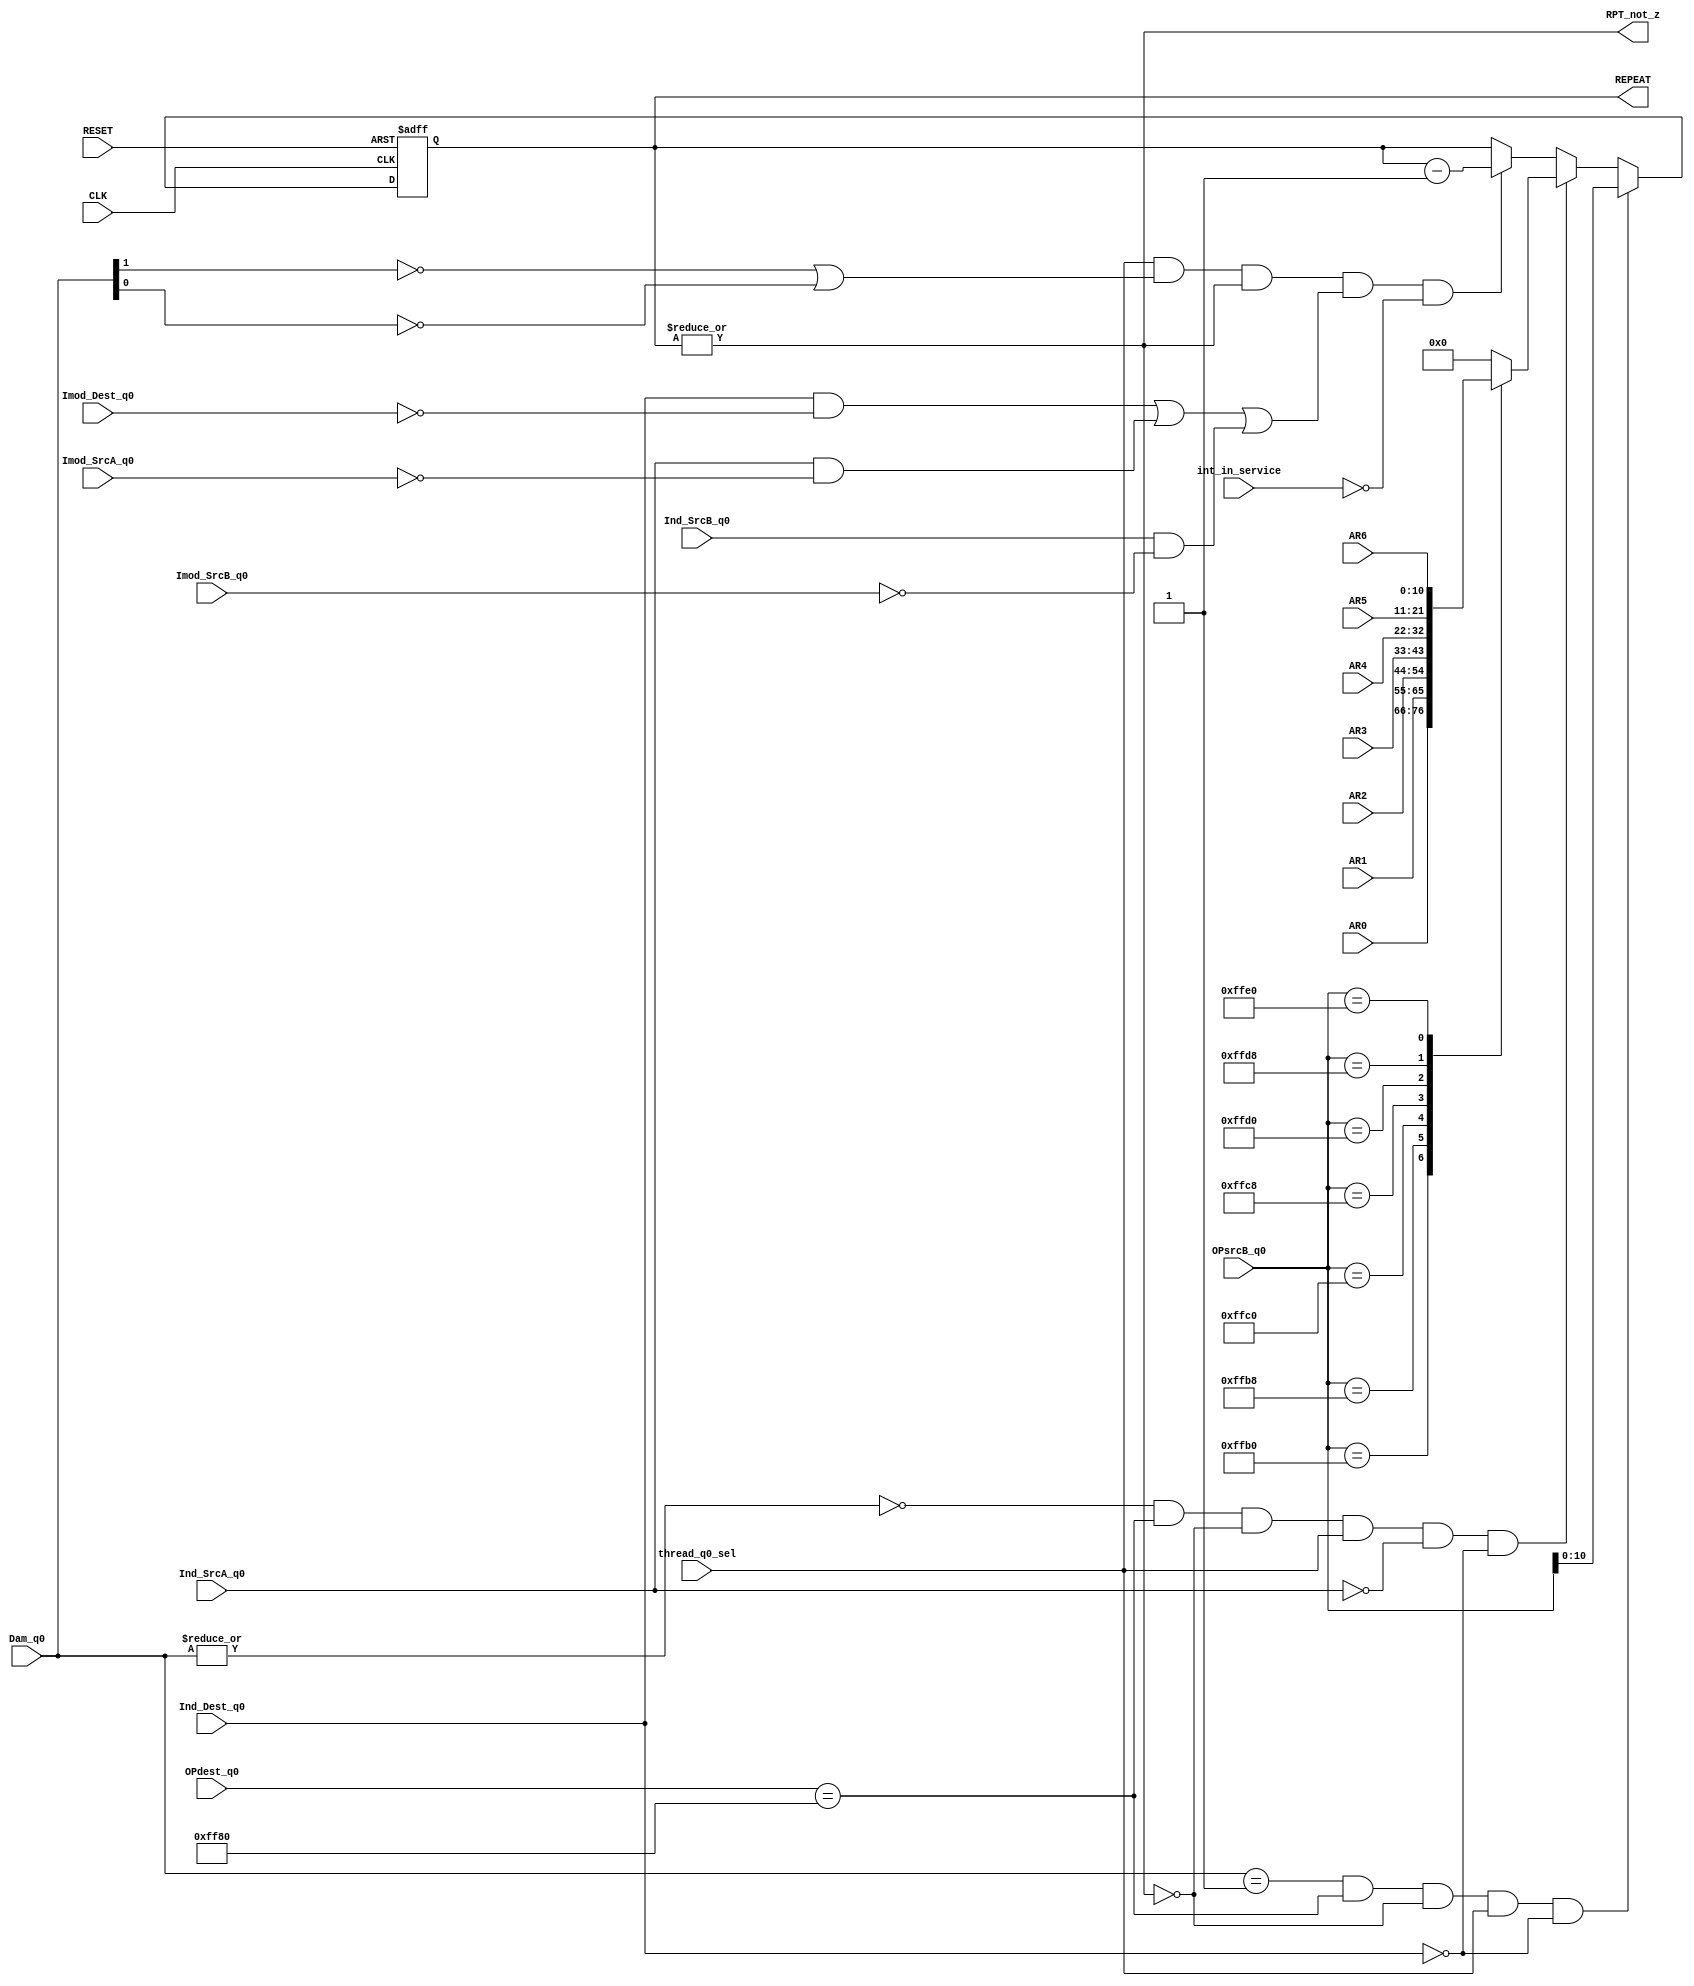
module REPEAT_reg (
    CLK,
    RESET,
    thread_q0_sel,
    Ind_Dest_q0, 
    Ind_SrcA_q0, 
    Ind_SrcB_q0, 
    Imod_Dest_q0,
    Imod_SrcA_q0,
    Imod_SrcB_q0,
    OPdest_q0,
    OPsrcB_q0,
    RPT_not_z,
    int_in_service,
    Dam_q0,
    AR0,
    AR1,
    AR2,
    AR3,
    AR4,
    AR5,
    AR6,
    REPEAT
);

input CLK;
input RESET;
input thread_q0_sel;
input Ind_Dest_q0; 
input Ind_SrcA_q0; 
input Ind_SrcB_q0; 
input Imod_Dest_q0;
input Imod_SrcA_q0;
input Imod_SrcB_q0;
input  [15:0] OPdest_q0;
input  [15:0] OPsrcB_q0;
output RPT_not_z;
input int_in_service;
input  [1:0]  Dam_q0;
input  [10:0] AR0;
input  [10:0] AR1;
input  [10:0] AR2;
input  [10:0] AR3;
input  [10:0] AR4;
input  [10:0] AR5;
input  [10:0] AR6;
output [10:0] REPEAT;

parameter REPEAT_addrs = 16'hFF80;
parameter AR0_addrs    = 16'hFFB0;
parameter AR1_addrs    = 16'hFFB8;
parameter AR2_addrs    = 16'hFFC0;
parameter AR3_addrs    = 16'hFFC8;
parameter AR4_addrs    = 16'hFFD0;
parameter AR5_addrs    = 16'hFFD8;
parameter AR6_addrs    = 16'hFFE0;

reg [10:0] REPEAT;

wire RPT_not_z;
assign RPT_not_z = |REPEAT; 

wire auto_post_modify_instr;
assign auto_post_modify_instr = thread_q0_sel && (~Dam_q0[1] || ~Dam_q0[0]) && RPT_not_z &&
                              ((Ind_Dest_q0 && ~Imod_Dest_q0) ||                                                        
                               (Ind_SrcA_q0 && ~Imod_SrcA_q0) ||                                                       
                               (Ind_SrcB_q0 && ~Imod_SrcB_q0));                                                        
                                                                                          
always @(posedge CLK or posedge RESET) begin
    if (RESET) begin
        REPEAT <= 11'h000;
    end
    else begin
        if ( ((Dam_q0[1:0]==2'b01) && (OPdest_q0==REPEAT_addrs)) && ~RPT_not_z && thread_q0_sel && ~Ind_Dest_q0) REPEAT[10:0] <= OPsrcB_q0[10:0]; //load REPEAT reg with 11-bit immediate during q0
        else if ((~|Dam_q0[1:0] && (OPdest_q0==REPEAT_addrs)) && ~RPT_not_z && thread_q0_sel && ~Ind_SrcA_q0 && ~Ind_Dest_q0) begin
            casex(OPsrcB_q0)
                AR0_addrs : REPEAT[10:0] <= AR0[10:0];  //load REPEAT reg with contents of specified ARn
                AR1_addrs : REPEAT[10:0] <= AR1[10:0];  //load REPEAT reg with contents of specified ARn
                AR2_addrs : REPEAT[10:0] <= AR2[10:0];  //load REPEAT reg with contents of specified ARn
                AR3_addrs : REPEAT[10:0] <= AR3[10:0];  //load REPEAT reg with contents of specified ARn
                AR4_addrs : REPEAT[10:0] <= AR4[10:0];  //load REPEAT reg with contents of specified ARn
                AR5_addrs : REPEAT[10:0] <= AR5[10:0];  //load REPEAT reg with contents of specified ARn
                AR6_addrs : REPEAT[10:0] <= AR6[10:0];  //load REPEAT reg with contents of specified ARn
                  default : REPEAT[10:0] <= 10'h0_00;
            endcase
        end
        else if (auto_post_modify_instr && ~int_in_service) REPEAT[10:0] <= REPEAT[10:0] - 1'b1;  
    end
end        

endmodule